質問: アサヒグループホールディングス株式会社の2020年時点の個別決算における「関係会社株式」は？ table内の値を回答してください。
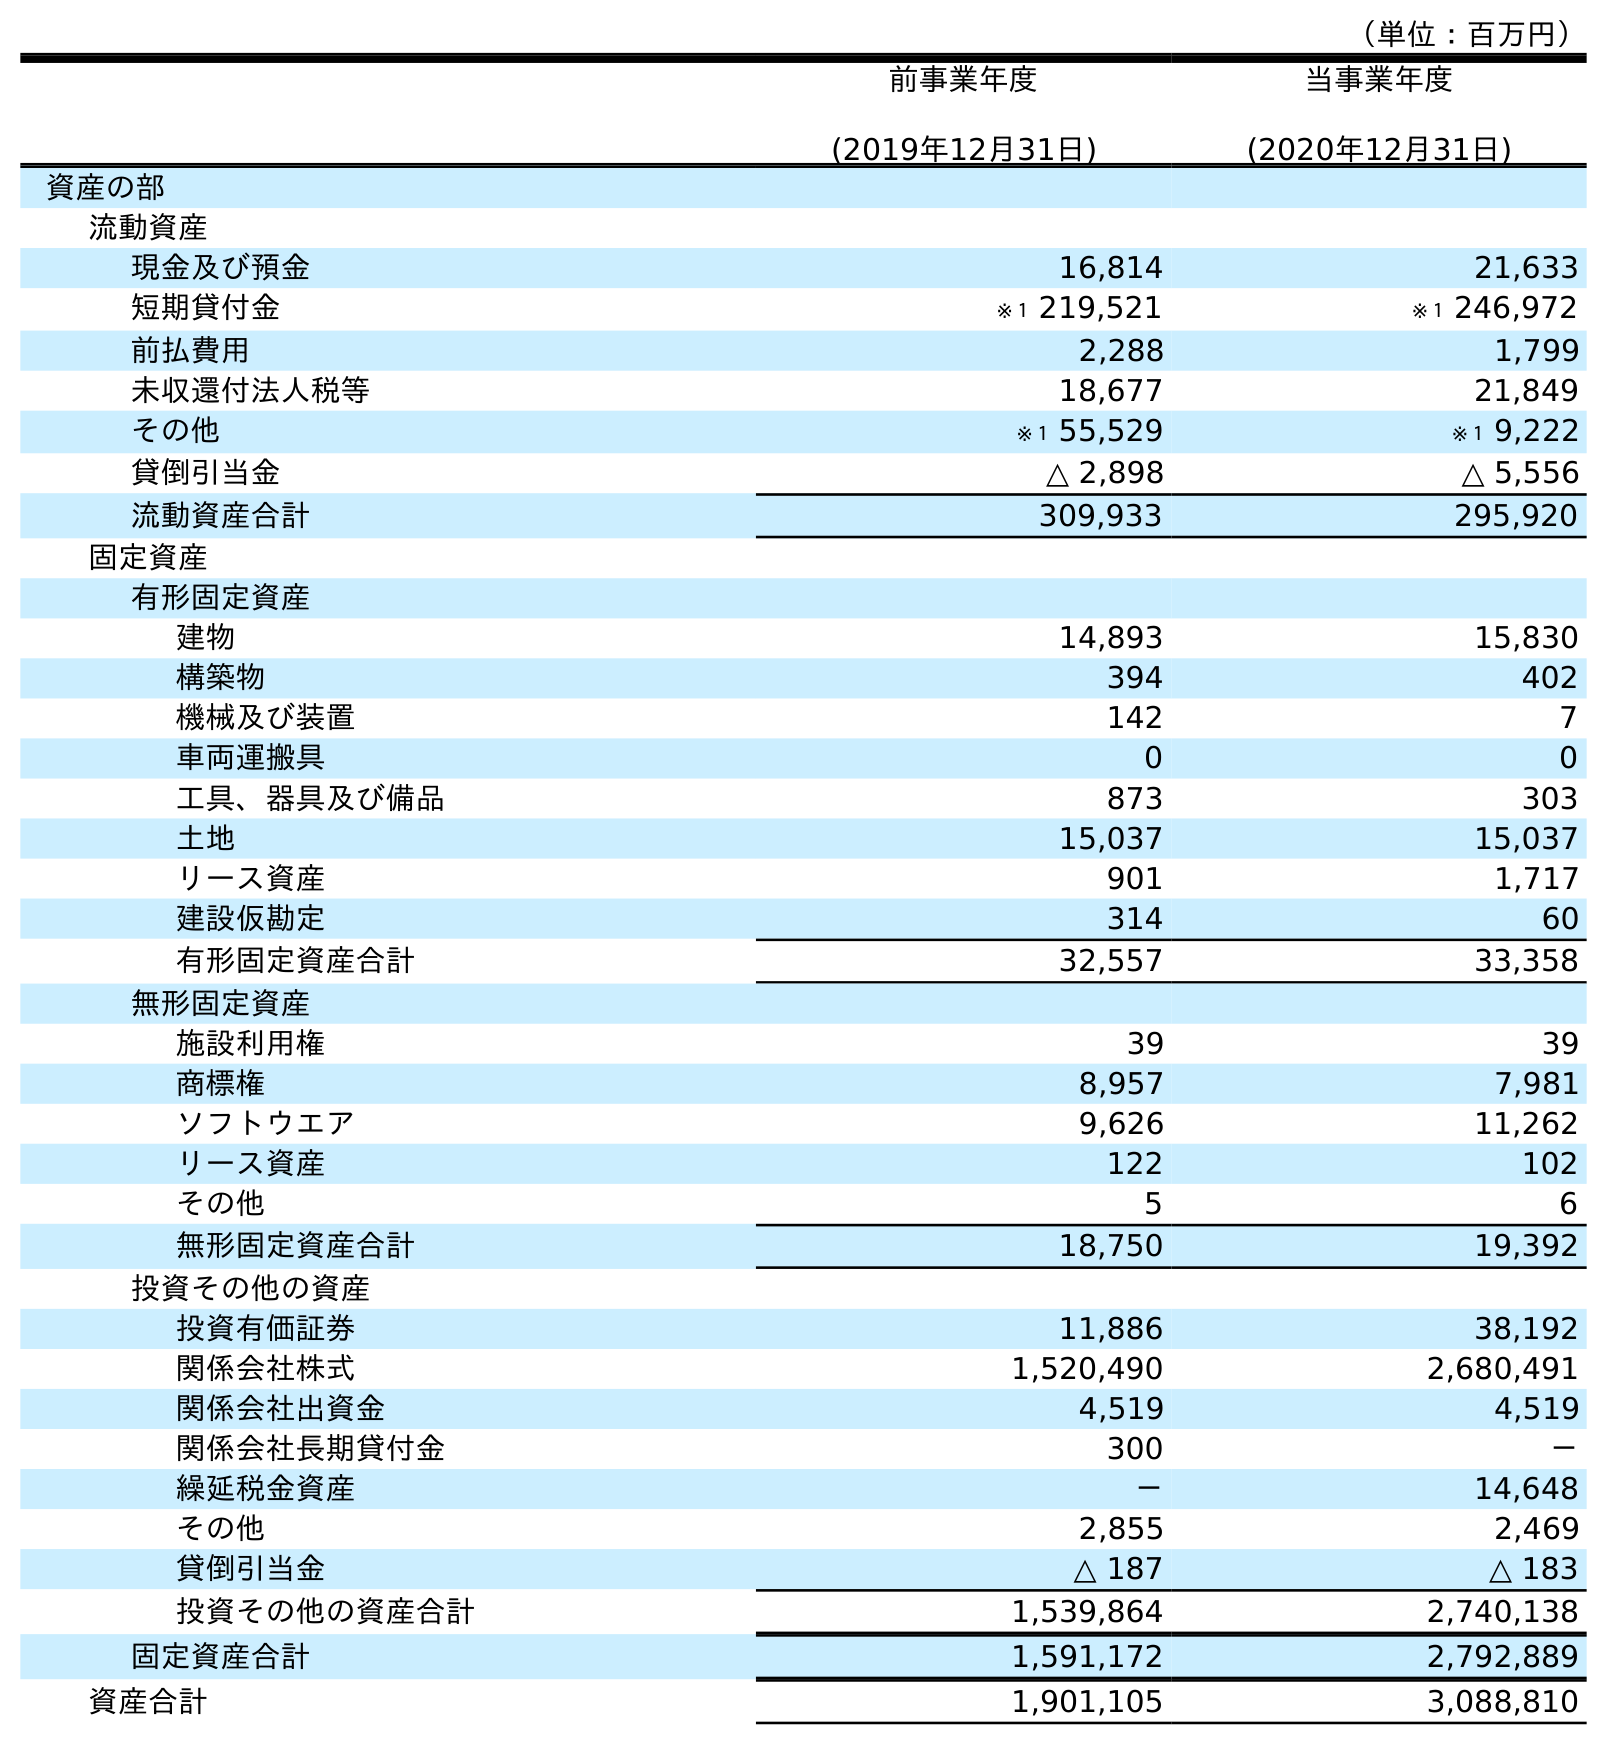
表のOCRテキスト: （単位：百万円） 前事業年度 (2019年12月31日) 当事業年度 (2020年12月31日) 資産の部 流動資産 現金及び預金 16,814 21,633 短期貸付金 ※１ 219,521 ※１ 246,972 前払費用 2,288 1,799 未収還付法人税等 18,677 21,849 その他 ※１ 55,529 ※１ 9,222 貸倒引当金 △ 2,898 △ 5,556 流動資産合計 309,933 295,920 固定資産 有形固定資産 建物 14,893 15,830 構築物 394 402 機械及び装置 142 7 車両運搬具 0 0 工具、器具及び備品 873 303 土地 15,037 15,037 リース資産 901 1,717 建設仮勘定 314 60 有形固定資産合計 32,557 33,358 無形固定資産 施設利用権 39 39 商標権 8,957 7,981 ソフトウエア 9,626 11,262 リース資産 122 102 その他 5 6 無形固定資産合計 18,750 19,392 投資その他の資産 投資有価証券 11,886 38,192 関係会社株式 1,520,490 2,680,491 関係会社出資金 4,519 4,519 関係会社長期貸付金 300 － 繰延税金資産 － 14,648 その他 2,855 2,469 貸倒引当金 △ 187 △ 183 投資その他の資産合計 1,539,864 2,740,138 固定資産合計 1,591,172 2,792,889 資産合計 1,901,105 3,088,810
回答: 2,680,491